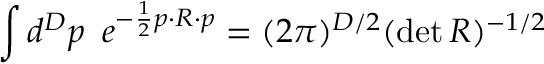
\int d ^ { D } p \, \, \, e ^ { - \frac { 1 } { 2 } p \cdot R \cdot p } = ( 2 \pi ) ^ { D / 2 } ( \operatorname * { d e t } R ) ^ { - 1 / 2 }